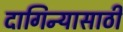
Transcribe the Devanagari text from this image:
दागिन्यासाठी